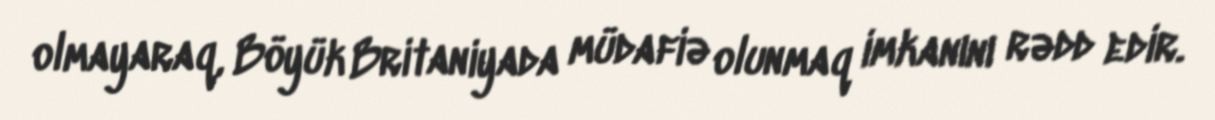
olmayaraq, Böyük Britaniyada müdafiə olunmaq imkanını rədd edir.